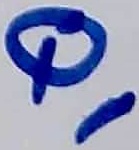
Text: Q1